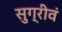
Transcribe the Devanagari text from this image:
सुग्रीवं